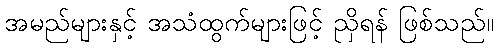
အမည်များနှင့် အသံထွက်များဖြင့် ညှိရန် ဖြစ်သည်။